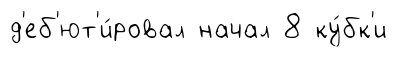
д'еб'ют'и́ровал начал 8 ку́бк'и